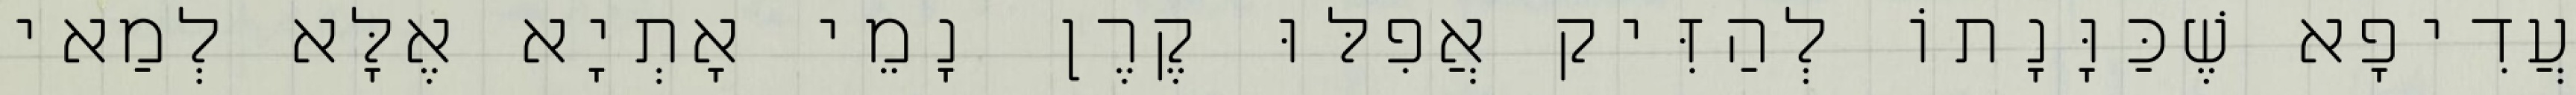
עֲדִיפָא שֶׁכַּוָּנָתוֹ לְהַזִּיק אֲפִלּוּ קֶרֶן נָמֵי אָתְיָא אֶלָּא לְמַאי